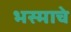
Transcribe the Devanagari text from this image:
भस्माचे